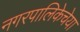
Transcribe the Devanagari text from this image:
नगरपालिकेचेया